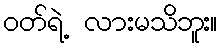
ဝတ်ရဲ့ လားမသိဘူး။